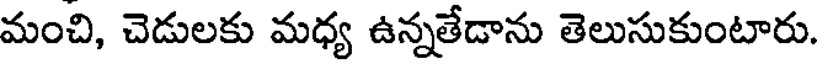
మంచి, చెడులకు మధ్య ఉన్నతేడాను తెలుసుకుంటారు.